Vaccination in Burma 1900-1911 - 1900-1911
Year: 1900
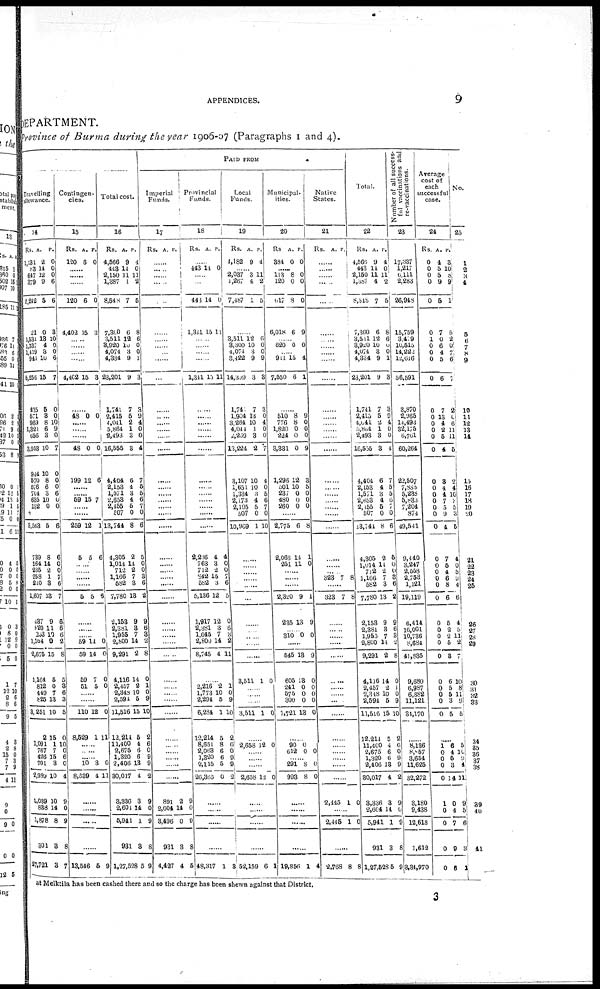
APPENDICES.
9
DEPARTMENT.
Province of Burma during the year 1906-07 (Paragraphs 1 and 4).
PAID FROM
Travelling
allowance.
14
Rs.
1,131
83
647
379
2,242
21
1,534
1,337
1,419
941
5,256
435
571
969
1,821
656
3,953
944
570
576
704
635
132
3,563
739
164
235
258
210
1,607
437
820
203
1,164
2,675
1,164
812
449
825
3,251
2
1,091
767
426
701
2,989
1,039
888
1,878
301
27,721
A.
2
14
12
9
5
0
13
4
3
10
15
5
3
8
6
3
10
10
8
6
3
10
0
5
8
14
2
1
3
13
9
11
19
0
15
5
0
7
13
10
15
1
7
15
3
10
10
14
8
3
3
P.
0
0
0
6
6
8
10
0
0
6
7
0
0
10
9
0
7
0
0
0
6
0
0
6
6
0
0
7
6
7
6
6
6
2
8
5
3
6
3
5
0
10
0
6
0
4
9
0
9
8
7
Contingen-
cies.
15
Rs.
120
A.
6
P.
0
......
......
......
120
4,402
6
15
0
3
......
......
......
......
4,402 15 3
......
48 0 0
......
......
......
48
199
0
12
0
6
......
59 15 7
......
......
259
5
12
5
1
6
......
......
......
......
5 5 6
......
......
...... 59
59
59
51
14
14
7
5
0
0
0
0
......
......
110
8,529
12
1
0
11
......
......
...... 10
8,539
3
4
0
11
......
.....
......
13,546 5 9
Total cost.
16
Rs.
4,566
443
2,150
1,387
8,548
7,300
3,511
3,920
4,074
4,334
23,201
1,741
2,415
4,011
5,864
2,493
16,555
4,404
2,153
1,571
2,658
2,456
507
13,744
4,305
1,014
712
1,166
582
7,780
2,153
2,381
1,955
2,800
9,291
4,116
2,457
2,348
2,594
11,516
12,214
11,400
2,675
1,320
2,406
30,017
3,336
2,604
5,941
931
1,27,528
A.
9
14
11
1
7
6
12
10
3
9
9
7
5
2
1
3
3
6
4
3
4
5
0
8
2
14
2
7
3
13
9
3
7
14
2
14
2
10
5
15
5
4
6
6
13
1
3
14
1
8
5
P.
4
0
11
2
6
8
6
0
0
1
3
3
9
4
0
0
4
7
5
6
6
7
0
6
5
0
0
3
6
2
9
6
3
2
8
0
1
0
9
10
2
6 0
9
9
2
9
0
9
8
9
Imperial
Funds.
17
Rs. A. P.
......
......
......
......
......
......
......
...... ......
......
......
......
......
......
......
......
......
......
......
......
...... ......
......
......
......
......
......
......
......
......
......
......
......
......
......
......
......
......
......
......
......
......
......
......
......
......
891
2,604
3,496
931
4,427
2
14
0
3
4
9
0
9
8
5
Provincial
Funds.
18
Rs. A. P.
......
443 14 0
......
......
443
1,341
14
15
0
11
......
......
......
......
1,341 15 11
......
......
......
......
......
......
......
......
......
...... ......
......
......
2,236
763
712
842
582
5,136
1,917
2,381
1,645
2,800
8,745
4
3
2
15
3
12
12
3
7
14
4
4
0
0
7
6
5
0
6
3
2
11
......
2,216
1,773
2,294
6,234
12,214
8,651
2,063
1,320
2,115
26,365
2
10
5
1
5
8
6
6
5
0
1
0
9
10
2
6
0
9
9
2
......
......
......
......
48,317 1 8
Local
Funds.
19
Rs.
4,182
A.
9
P.
4
...... 2,037
1,267
7,487
3
4
1
11
2
5
......
3,511
3,300
4,074
3,422
14,309
1,741
1,904
3,264
4,044
2,269
13,224
3,107
1,651
1,334
2,173
2,195
507
10,969
12
10
3
9
3
7
13
10
1
3
2
10
10 3
4 5
0
1
6
0
0
9
3
3
0
4
0
0
7
4
0
5
6 7
0
10
......
......
......
......
......
......
......
......
......
......
3,511 1 0
......
......
......
3,511 1 0
......
2,658 12 0
......
......
......
2,658 12 0
......
......
......
......
52,159 6 1
Municipal-
ities.
20
Rs
384
A.
0
P.
0
...... 113
120
617
6,018
8
0
8
6
0
0
0
9
...... 620 0 0
...... 911
7,550
15
6
4
1
......
510
776
1,820
224
3,331
1,296
501
237
480 260
8
8
0
0
0
12
10
0
0 0
9
0
0
0
9
3
5
0
0
0
......
2,775
2,068
251
6
14
11
8
1
0
......
......
......
2,320
235
9
13
1
9
......
310 0 0
......
545
605
241
575
300
1,721
18
13
0
0
0
13
9
0
0
0
0
0
......
90
612
0
0 0
......
291
993
8
8
0
0
......
......
......
......
19,856 1 4
Native
States.
21
Rs. A. P.
......
Total.
22
Rs.
4,566
......
......
......
......
......
......
......
......
......
......
......
......
......
......
......
......
......
...... ......
......
......
......
......
......
323 7 8
......
323 7 8
......
......
......
......
......
......
......
......
......
......
......
......
......
......
......
......
2,445 1 0
......
2,445 1 0
......
2,768 8 8
2,150
1,387
8,548
7,360
3,511
3,920
4,074
4,334
23,201
1,741
2,415
4,041
2,493
16,535
......
5,153
1,571
2,658
2,155
507
13,741
4,305
1,014 712
1,166
582
7,780
2,153
2,381
1,955
2,800
9,291
4,116
2,457
2,348
2,594
11,516
12,214
11,400
2,675
1,320
2,406
30,017
8,336
2,604
5,941
931
1,27,528
A.
9
14
11
4
7
6
12
10
3
9
9
7
5
2
1
3
3
6
4
3
4 5
0
8
2
14
2
7
3
13
9
3
7
14
2
14
2
10
5
15
5
4
6
6
13
4
3
14
1
3
5
P.
4
0
11
2
5
8
6
0
0
1
3
3
9
4
0 0
4
7
5 5
6 7
0
6
5
0
0
3
6
2
9
6
3
2
8
0
1 0
9
10
2
6
0
9
9
2
9
0
9
8
9
Number of all success-
ful vaccinations and
re-vaccinations.
23
17,337
1,217
6,111
2,283
26,948
15,759
3,409
10,515
14,222
l2,616
56,591
3,870
2,985
14,493
32,175
6,761
60,264
22,507
7,885
5,238
5,833
7,204
874
49,541
9,440
3,247
2,558
2,753
1,121
19,119
6,414
16,001
10,736
8,684
41,836
9,680
6,937 6,382
11,121
31,170
......
8, 136
8,857
3,654
11,625
32,272
8 160
9,438
12,618
1,612
3,34,970
Average
cost of
each
successful
case.
24
Rs.
0
0
0
0
0
0
1
0
0
0
0
0
0
0
0
0
0
0
0
0
0 0
0
0
0
0
0
0
0
0
0
0
0 0
0
0
0 0
0
0
A.
4
5
5
9
5
7
0
6
4
5
6
7
13
4 2
5
4
3
4 4
7 7
9
4
7
5
4
6
8
6
5
2
2
5
3
6
5
5
3
5
P.
3
10
8
9
1
6
2
0
7
6
7
2
0
6 11
11
5
2
4
4
3 3
3
5
4
0
5
9
4
6
4
5
11
2
7
10
8
11
9
5
......
1
0 0
0
0
1
0
0
0
0
6
4
5
3
14
0
4
7
9
6
5
10
9 4
11
9
5
6
3
1
No.
25
1
2
3 4
5
6
7
8
9
10
11
12 13
14
15
16
17
18 19
20
21
22 23
24
25
26
27
28
29
30
31
32
33
34
35
36
38
39
40
41
at Melktila has been cashed there and so the charge has been shewn against that District.,
3